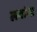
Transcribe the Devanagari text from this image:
लवांगा